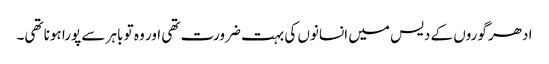
ادھر گوروں کے دیس میں انسانوں کی بہت ضرورت تھی اور وہ تو باہر سے پورا ہونا تھی۔